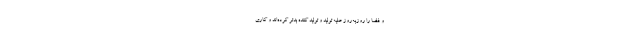
و فضا را روزبه‌روز علیه تولید و تولید کننده بدتر کرده‌اند و کاری